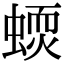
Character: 𧏦